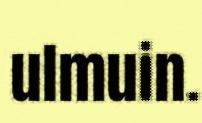
ulmuin.